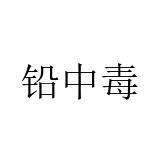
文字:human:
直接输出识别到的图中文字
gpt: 铅中毒